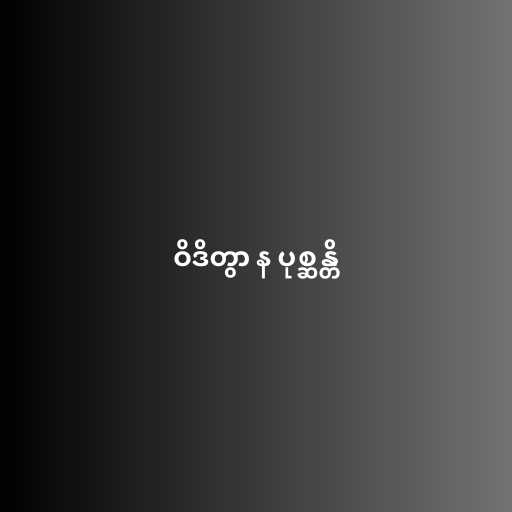
ဝိဒိတွာ န ပုစ္ဆန္တိ